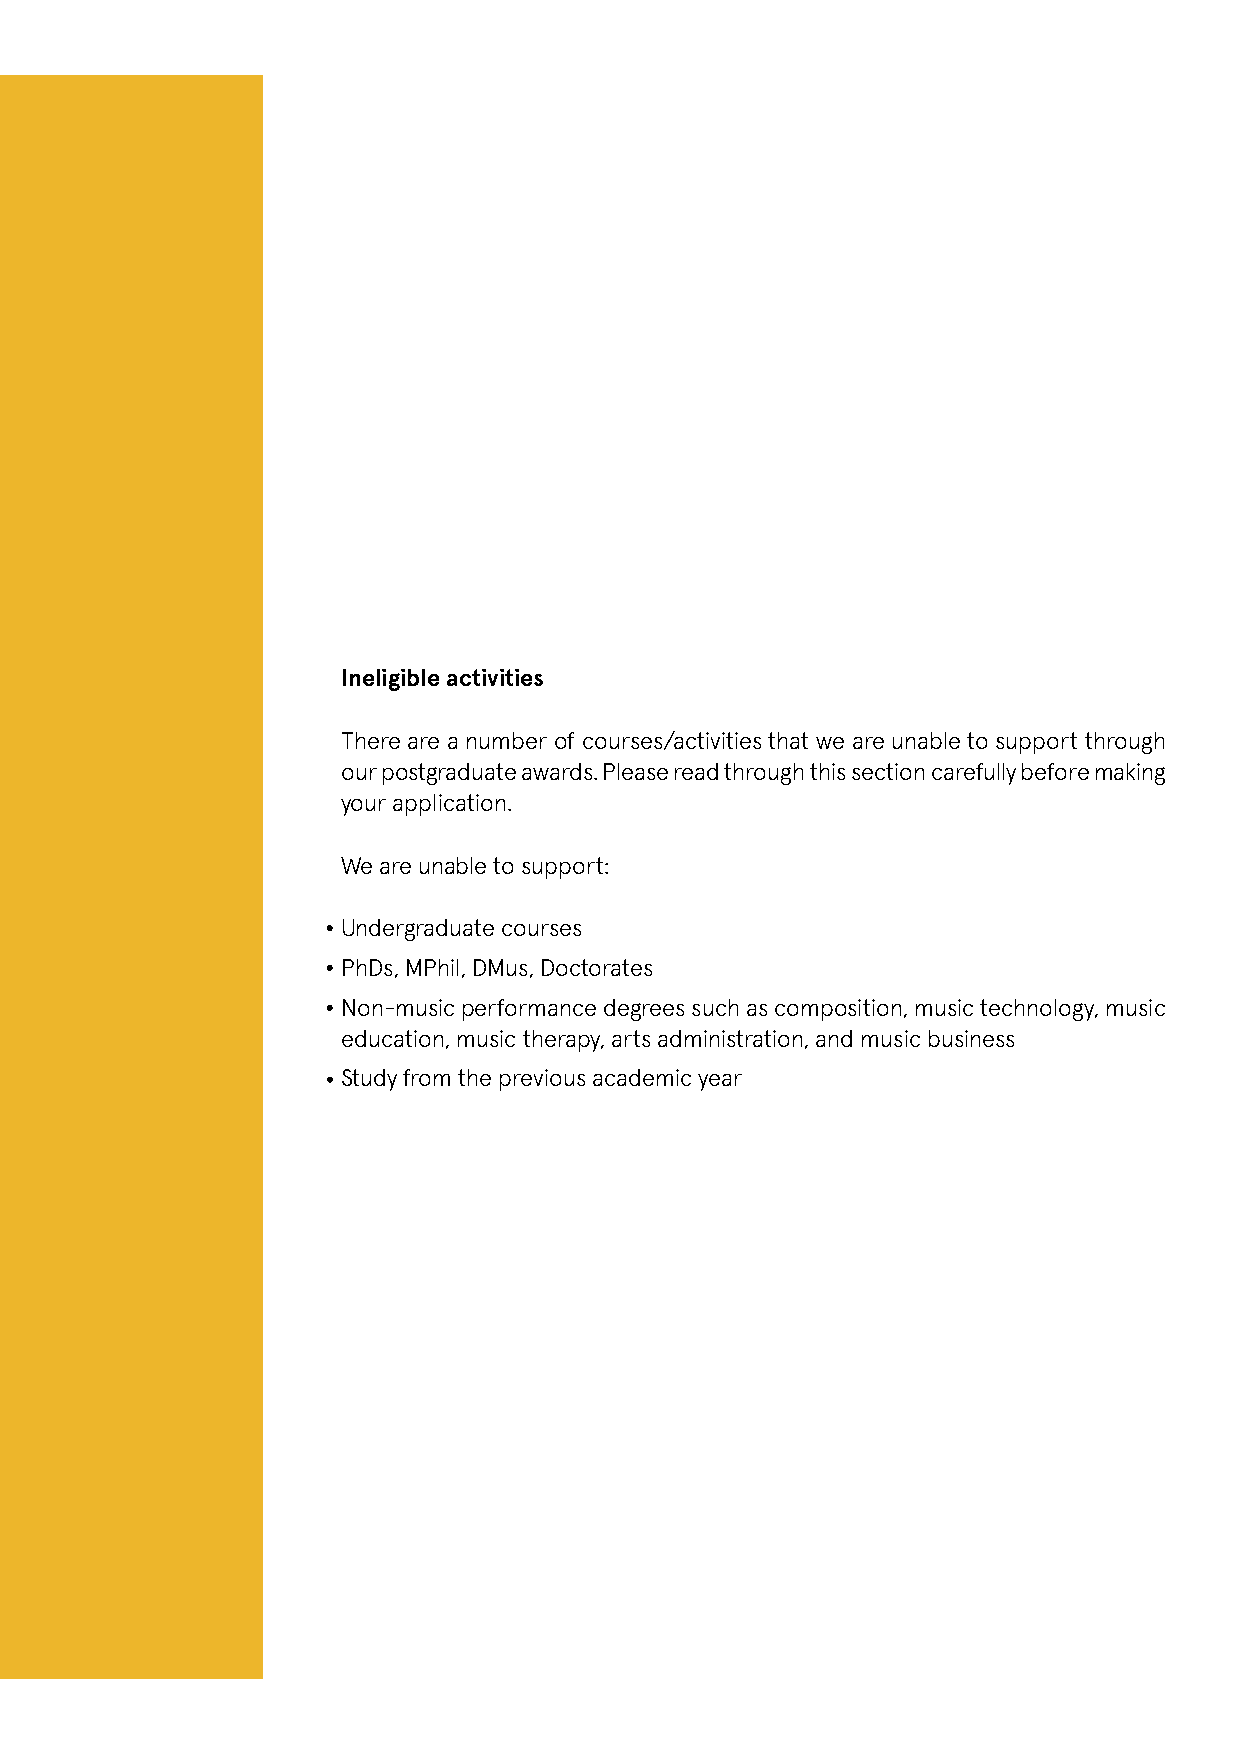
Ineligible activities
 There are a number of courses/activities that we are unable to support through
 our postgraduate awards. Please read through this section carefully before making
 your application.
 We are unable to support:
 Undergraduate courses
 PhDs, MPhil, DMus, Doctorates
 Non-music performance degrees such as composition, music technology, music
 education, music therapy, arts administration, and music business
 Study from the previous academic year